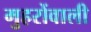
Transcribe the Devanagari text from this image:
मुहरोंवाली